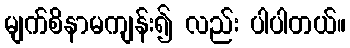
မျက်စိနာမကျန်း၍ လည်း ပါပါတယ်။